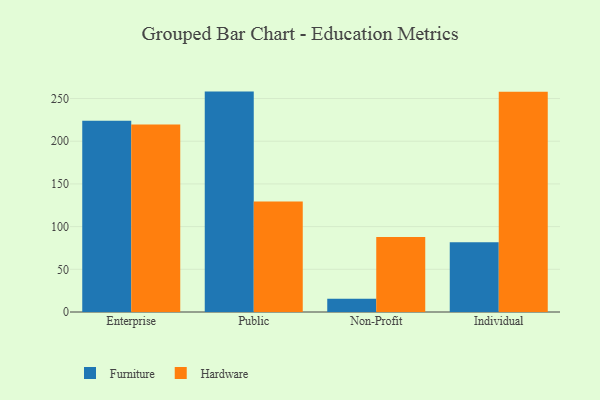
{"axis": {"x": "Segment", "y": "Waste Production (Tons)"}, "legend": ["Furniture", "Hardware"], "data": [{"x": "Enterprise", "y": 223.9, "type": "Furniture"}, {"x": "Enterprise", "y": 219.5, "type": "Hardware"}, {"x": "Public", "y": 258.1, "type": "Furniture"}, {"x": "Public", "y": 129.3, "type": "Hardware"}, {"x": "Non-Profit", "y": 15.4, "type": "Furniture"}, {"x": "Non-Profit", "y": 87.8, "type": "Hardware"}, {"x": "Individual", "y": 81.7, "type": "Furniture"}, {"x": "Individual", "y": 258.0, "type": "Hardware"}]}